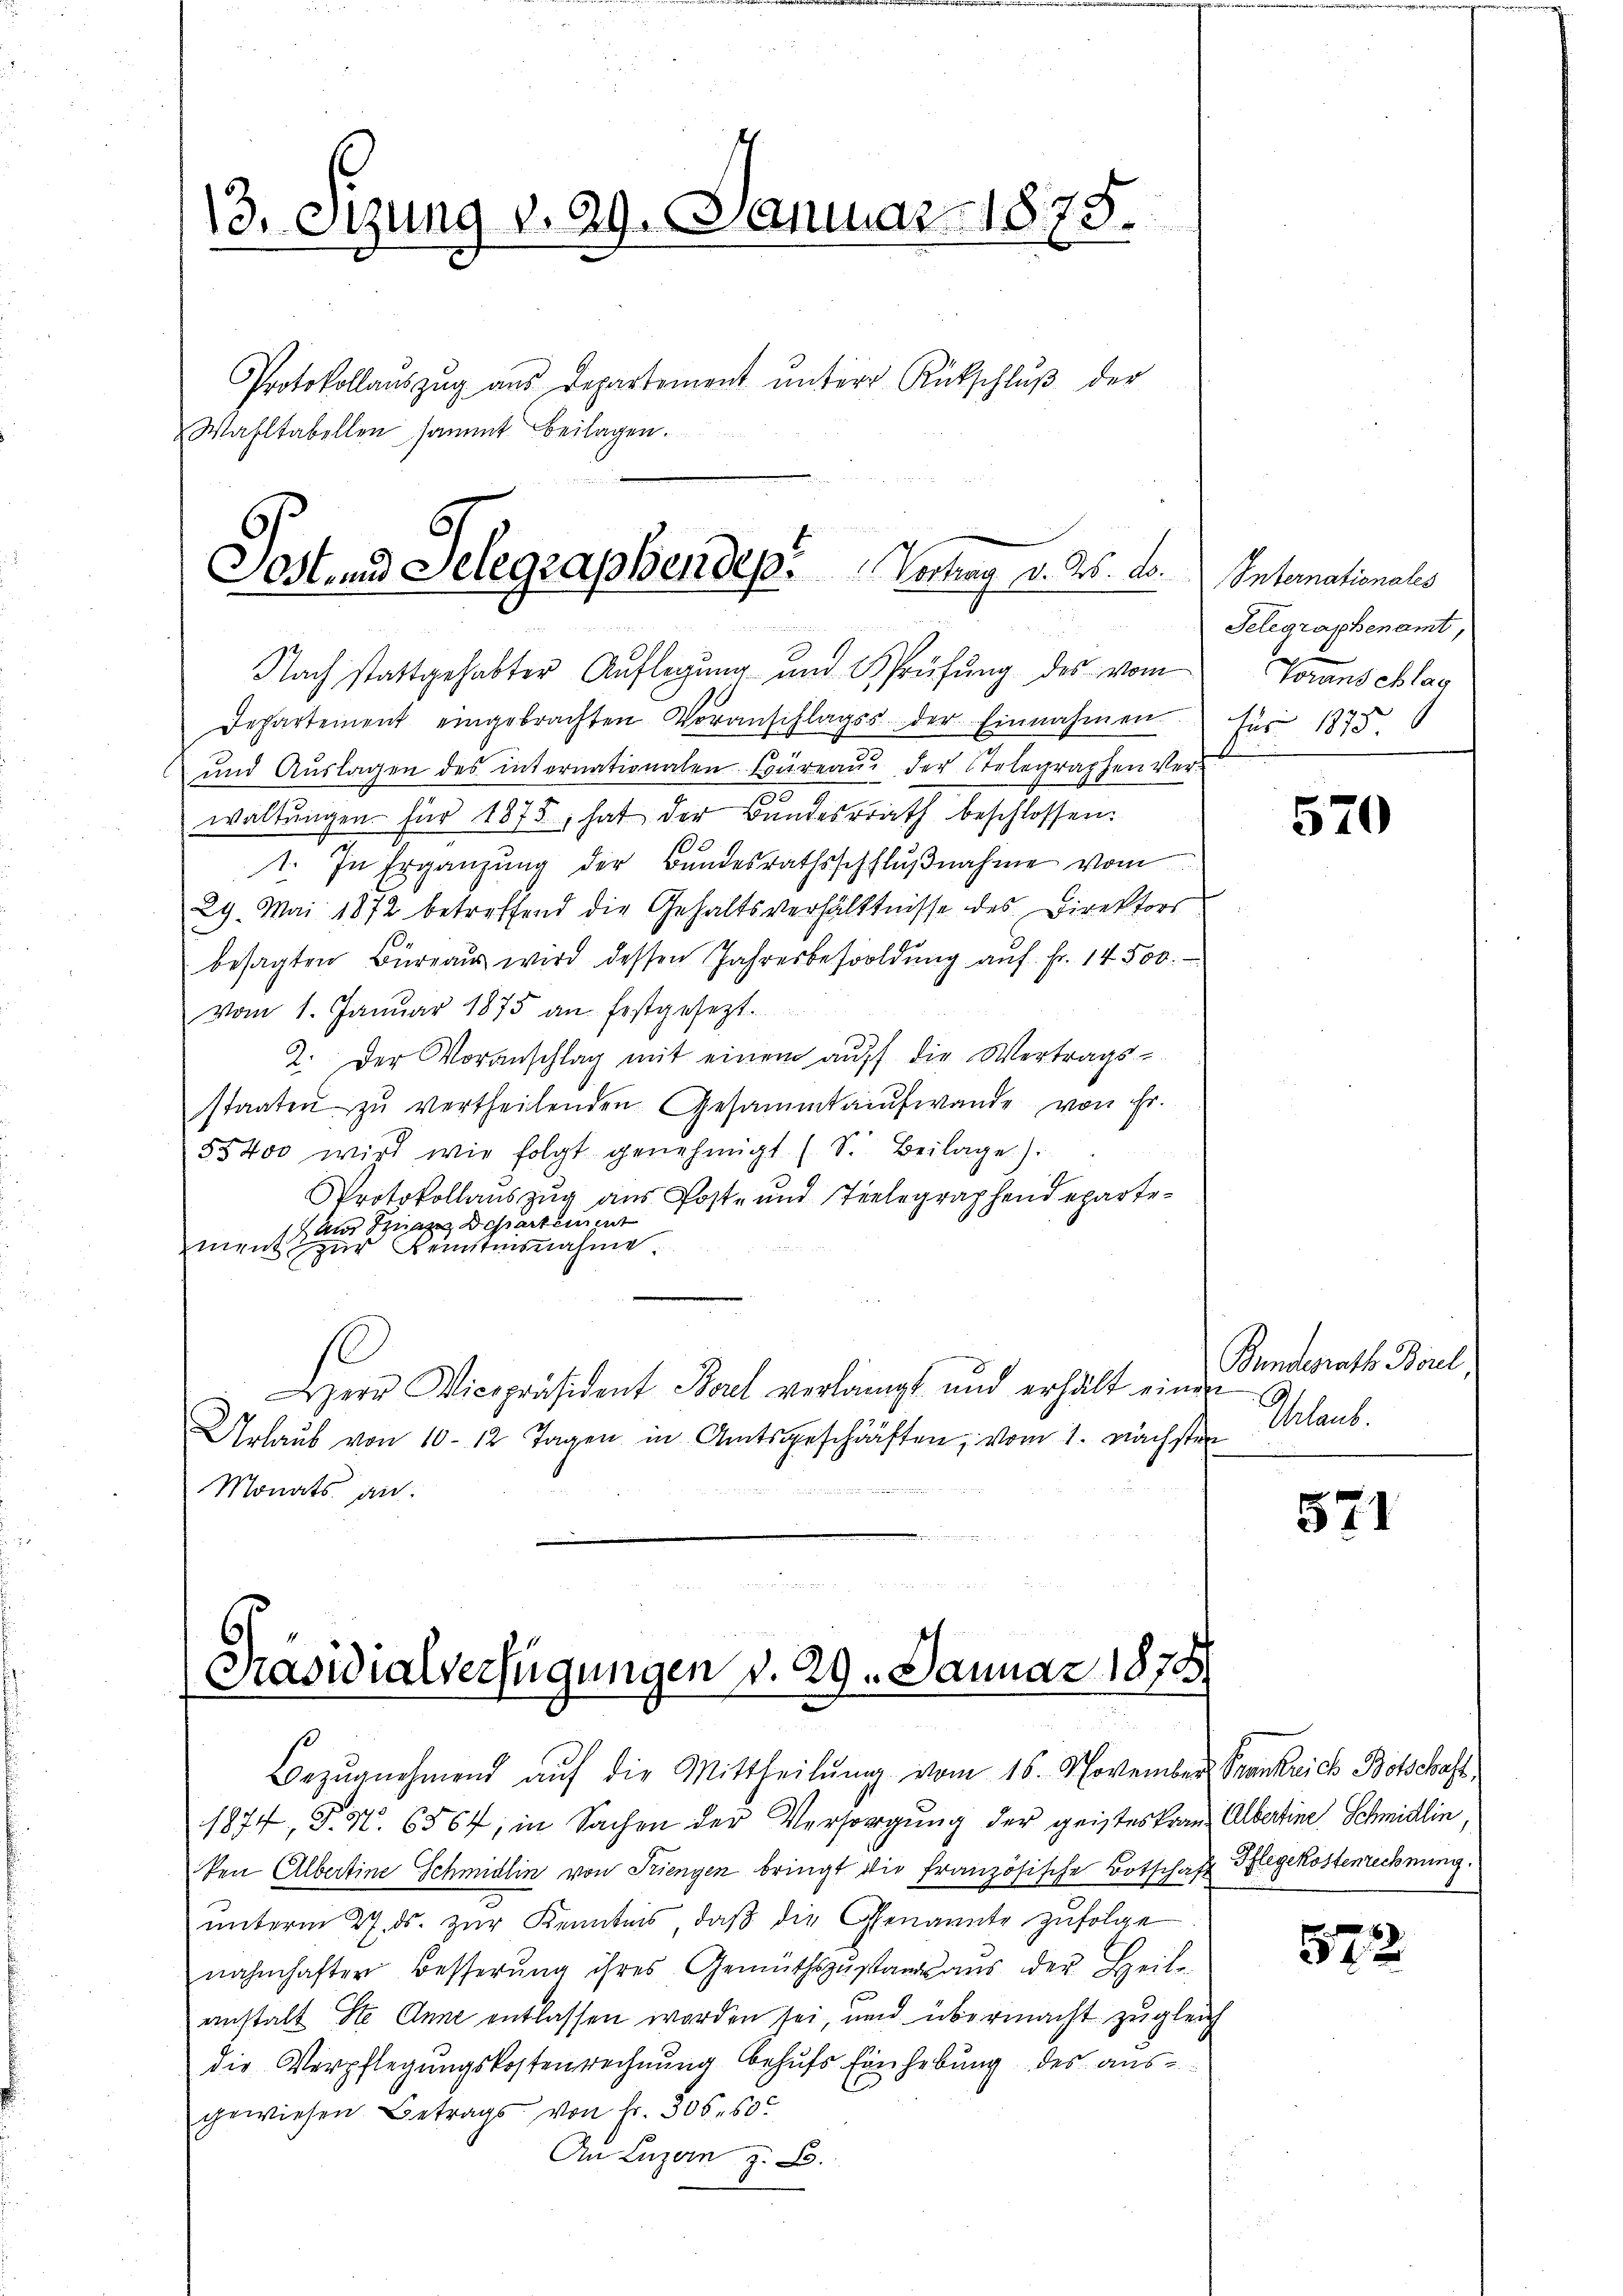
13. Sizung v. 29. Januar 1875.
Protokollaŭszŭg aŭs Departement ŭnter Rückschlŭβ der
Wahltabellen sammt beilagen.

Sost- und Gelegraphendep. Vortrag v. Ms. d.

Nach stattgehabter Auflegung und Sprüfung des vom
Departement eingebrachten Voranschlags der Einnahmen für 1873.
und Auslagen des internationalen Büreau der Stelegraphen Verwaltŭngen für 1875 hat der Bundesrath beschlossen:
1. In Ergänzung der Bundesrathsschlŭβnahme vom
29. Mai 1872 betreffend die Gehaltsverhältnisse des Direktors
besagten Büreaŭs wird dessen Jahresbesoldŭng aŭf Fr. 14500.
vom 1. Janŭar 1875 an festgesezt.
2. Der Voranschlag mit einem aŭf die Vertrags-
staaten zŭ vertheilenden Gesammtaufwande von Fr.
85400 wird wie folgt genehmigt (S. Beilage).
Protokollauszug aus Post- und Telegraphendeparteh am Sina Departement
ment zur Kenntnisnahme
Herr Vicepräsident Borel verlangt und erhält einen a.
Urlaŭb von 10-12 Tagen in Amtsgeschärften, vom 1. Nächster
Monats an

5
Präsidialverfügungen v. 29. Januar 1878

ken Albertine Schmidlin von Friengen bringt die französische Botschaft Pflegekostenrechnung.
ŭnterm 27. ds. zŭr Kenntnis, daß die Genannte zufolge
nahmhafter Besserung ihres Gemüthszustand aus der Heil-
anstalt Ste Anne entlassen worden sei, und übermacht zugleich
die Verpflegungskostenrechnung behufs Einhebung des ausgewiesen Betrags von Fr. 306. 50.
An Luzern z. B.

Bezŭgnehmend aŭf die Mittheilŭng vom 16. November Frankrich Botschaft
1874, S. 50. 6864, in Sachen der Versorgung der geistes Frau Albertine Schmidlin

Internationales
Telegraphenamt,
Tomneschlag

570

Bundesrath Borl,
Chrlaub.

571

522